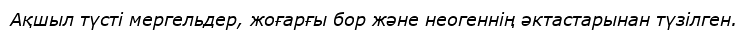
Ақшыл түсті мергельдер, жоғарғы бор және неогеннің әктастарынан түзілген.